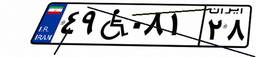
۴۹W۰۸۱۲۸